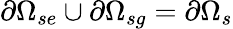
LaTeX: \partial\Omega_{se}\cup\partial\Omega_{sg}=\partial\Omega_{s}